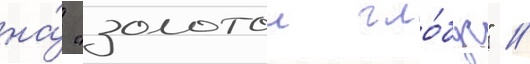
на́ "золотои гло́бус" //